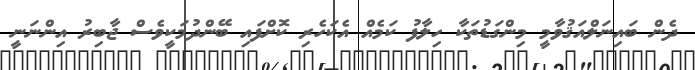
ދެން ބައިނަލްއަޤުވާމީ މިންގަޑުތަކާ ހިލާފު ކަމެއް އެކަހެރި ކޮށްފައި ބޭންދުމަކީވެސް ޖާބިރު އިންނަނީ